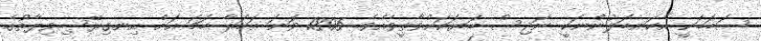
ސަބަބަކީ އެކަނބަލުންނަކީ ނަޖިސް ބަޔަކަށްވާތީވެއެވެ. 1805 ވަނަ އަހަރާ ހަމަ އަށް އިނގިރޭސިވިލާތުގެ